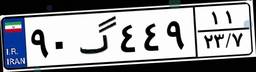
۷۶گ۷۲۷۰۸